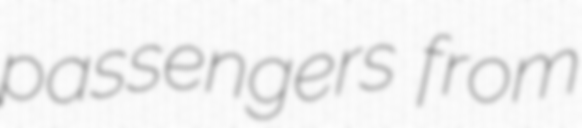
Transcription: passengers from